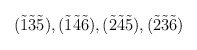
\begin{align*}(\tilde{1}\tilde{3}\tilde{5}), (\tilde{1}\tilde{4}\tilde{6}), (\tilde{2}\tilde{4}\tilde{5}), (\tilde{2}\tilde{3}\tilde{6})\end{align*}